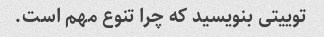
توییتی بنویسید که چرا تنوع مهم است.